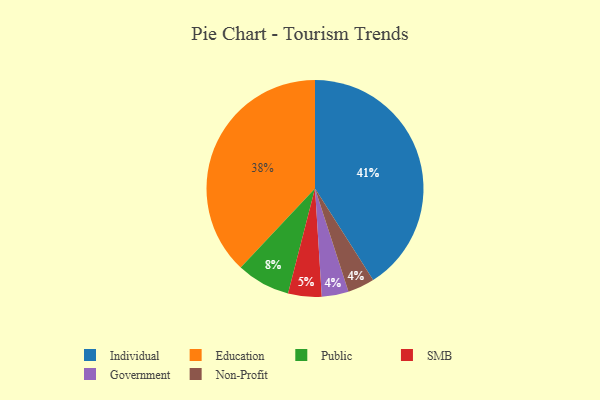
{"axis": {"x": "Category", "y": "Percentage"}, "legend": ["Education", "Government", "Individual", "Non-Profit", "Public", "SMB"], "data": [{"x": "Education", "y": 38, "type": "Education"}, {"x": "SMB", "y": 5, "type": "SMB"}, {"x": "Government", "y": 4, "type": "Government"}, {"x": "Non-Profit", "y": 4, "type": "Non-Profit"}, {"x": "Individual", "y": 41, "type": "Individual"}, {"x": "Public", "y": 8, "type": "Public"}]}